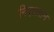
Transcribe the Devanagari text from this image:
निएलसन